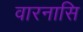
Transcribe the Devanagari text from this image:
वारनासि